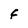
Character: F